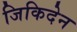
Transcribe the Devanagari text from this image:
जिकिदेन